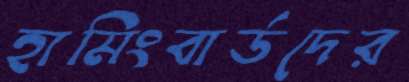
হামিংবার্ডদের